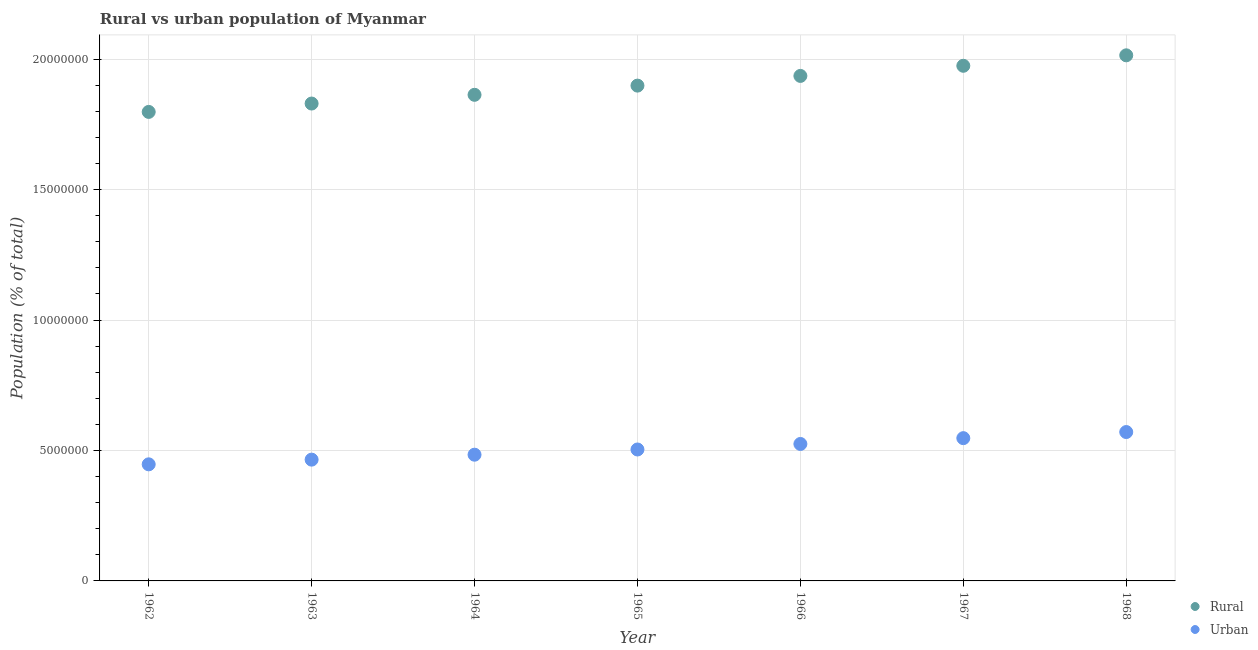
| Year | Rural | Urban |
 | --- | --- | --- |
 | 1962 | 1.8e+07 | 4.47e+06 |
 | 1963 | 1.83e+07 | 4.65e+06 |
 | 1964 | 1.86e+07 | 4.84e+06 |
 | 1965 | 1.9e+07 | 5.04e+06 |
 | 1966 | 1.94e+07 | 5.25e+06 |
 | 1967 | 1.97e+07 | 5.47e+06 |
 | 1968 | 2.01e+07 | 5.71e+06 |